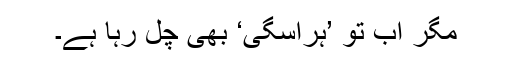
مگر اب تو ’ہراسگی‘ بھی چل رہا ہے۔